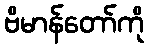
ဗိမာန်တော်ကို